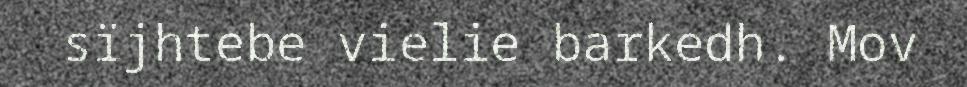
sïjhtebe vielie barkedh. Mov